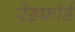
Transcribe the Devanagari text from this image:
रेडफाॅर्ड